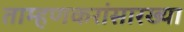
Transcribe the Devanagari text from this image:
ताम्हणकरांसारख्या